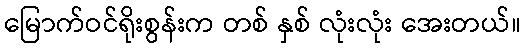
မြောက်ဝင်ရိုးစွန်းက တစ် နှစ် လုံးလုံး အေးတယ်။